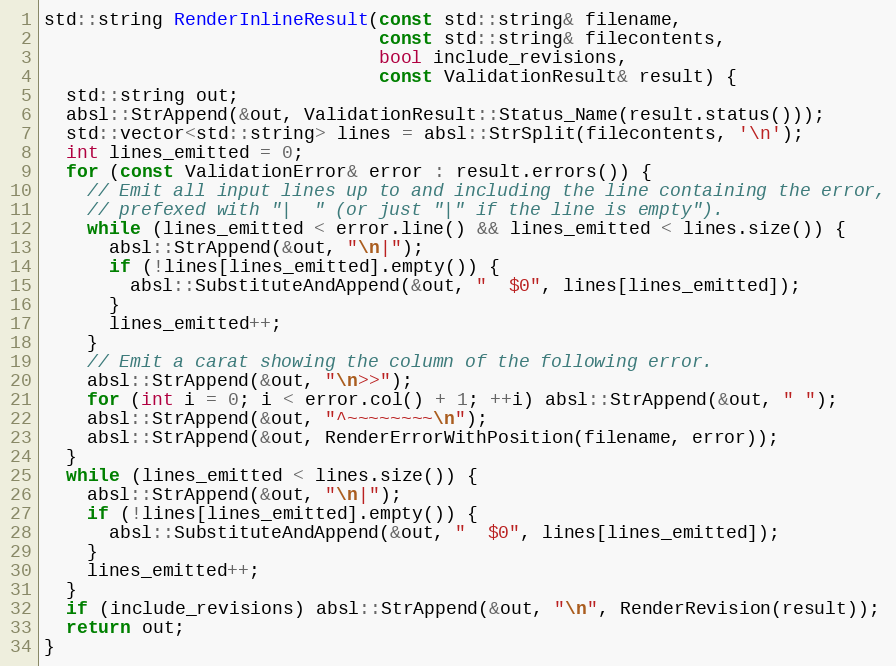
Language: C++
std::string RenderInlineResult(const std::string& filename,
                               const std::string& filecontents,
                               bool include_revisions,
                               const ValidationResult& result) {
  std::string out;
  absl::StrAppend(&out, ValidationResult::Status_Name(result.status()));
  std::vector<std::string> lines = absl::StrSplit(filecontents, '\n');
  int lines_emitted = 0;
  for (const ValidationError& error : result.errors()) {
    // Emit all input lines up to and including the line containing the error,
    // prefexed with "|  " (or just "|" if the line is empty").
    while (lines_emitted < error.line() && lines_emitted < lines.size()) {
      absl::StrAppend(&out, "\n|");
      if (!lines[lines_emitted].empty()) {
        absl::SubstituteAndAppend(&out, "  $0", lines[lines_emitted]);
      }
      lines_emitted++;
    }
    // Emit a carat showing the column of the following error.
    absl::StrAppend(&out, "\n>>");
    for (int i = 0; i < error.col() + 1; ++i) absl::StrAppend(&out, " ");
    absl::StrAppend(&out, "^~~~~~~~~\n");
    absl::StrAppend(&out, RenderErrorWithPosition(filename, error));
  }
  while (lines_emitted < lines.size()) {
    absl::StrAppend(&out, "\n|");
    if (!lines[lines_emitted].empty()) {
      absl::SubstituteAndAppend(&out, "  $0", lines[lines_emitted]);
    }
    lines_emitted++;
  }
  if (include_revisions) absl::StrAppend(&out, "\n", RenderRevision(result));
  return out;
}